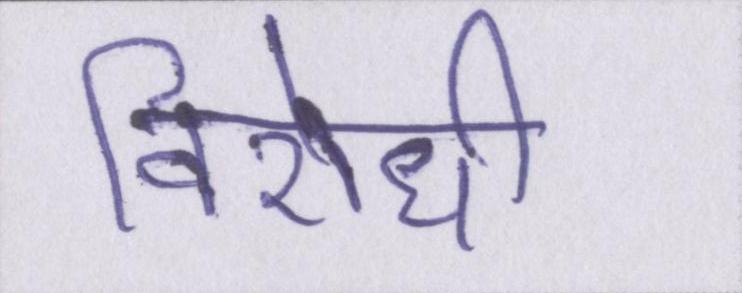
विरोधी